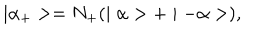
\mid \alpha _ { + } > = N _ { + } ( \mid \alpha > + \mid - \alpha > ) ,